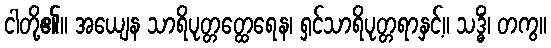
ငါတို့၏။ အယျေန သာရိပုတ္တတ္ထေရေန၊ ရှင်သာရိပုတ္တရာနှင့်။ သဒ္ဓိံ၊ တကွ။